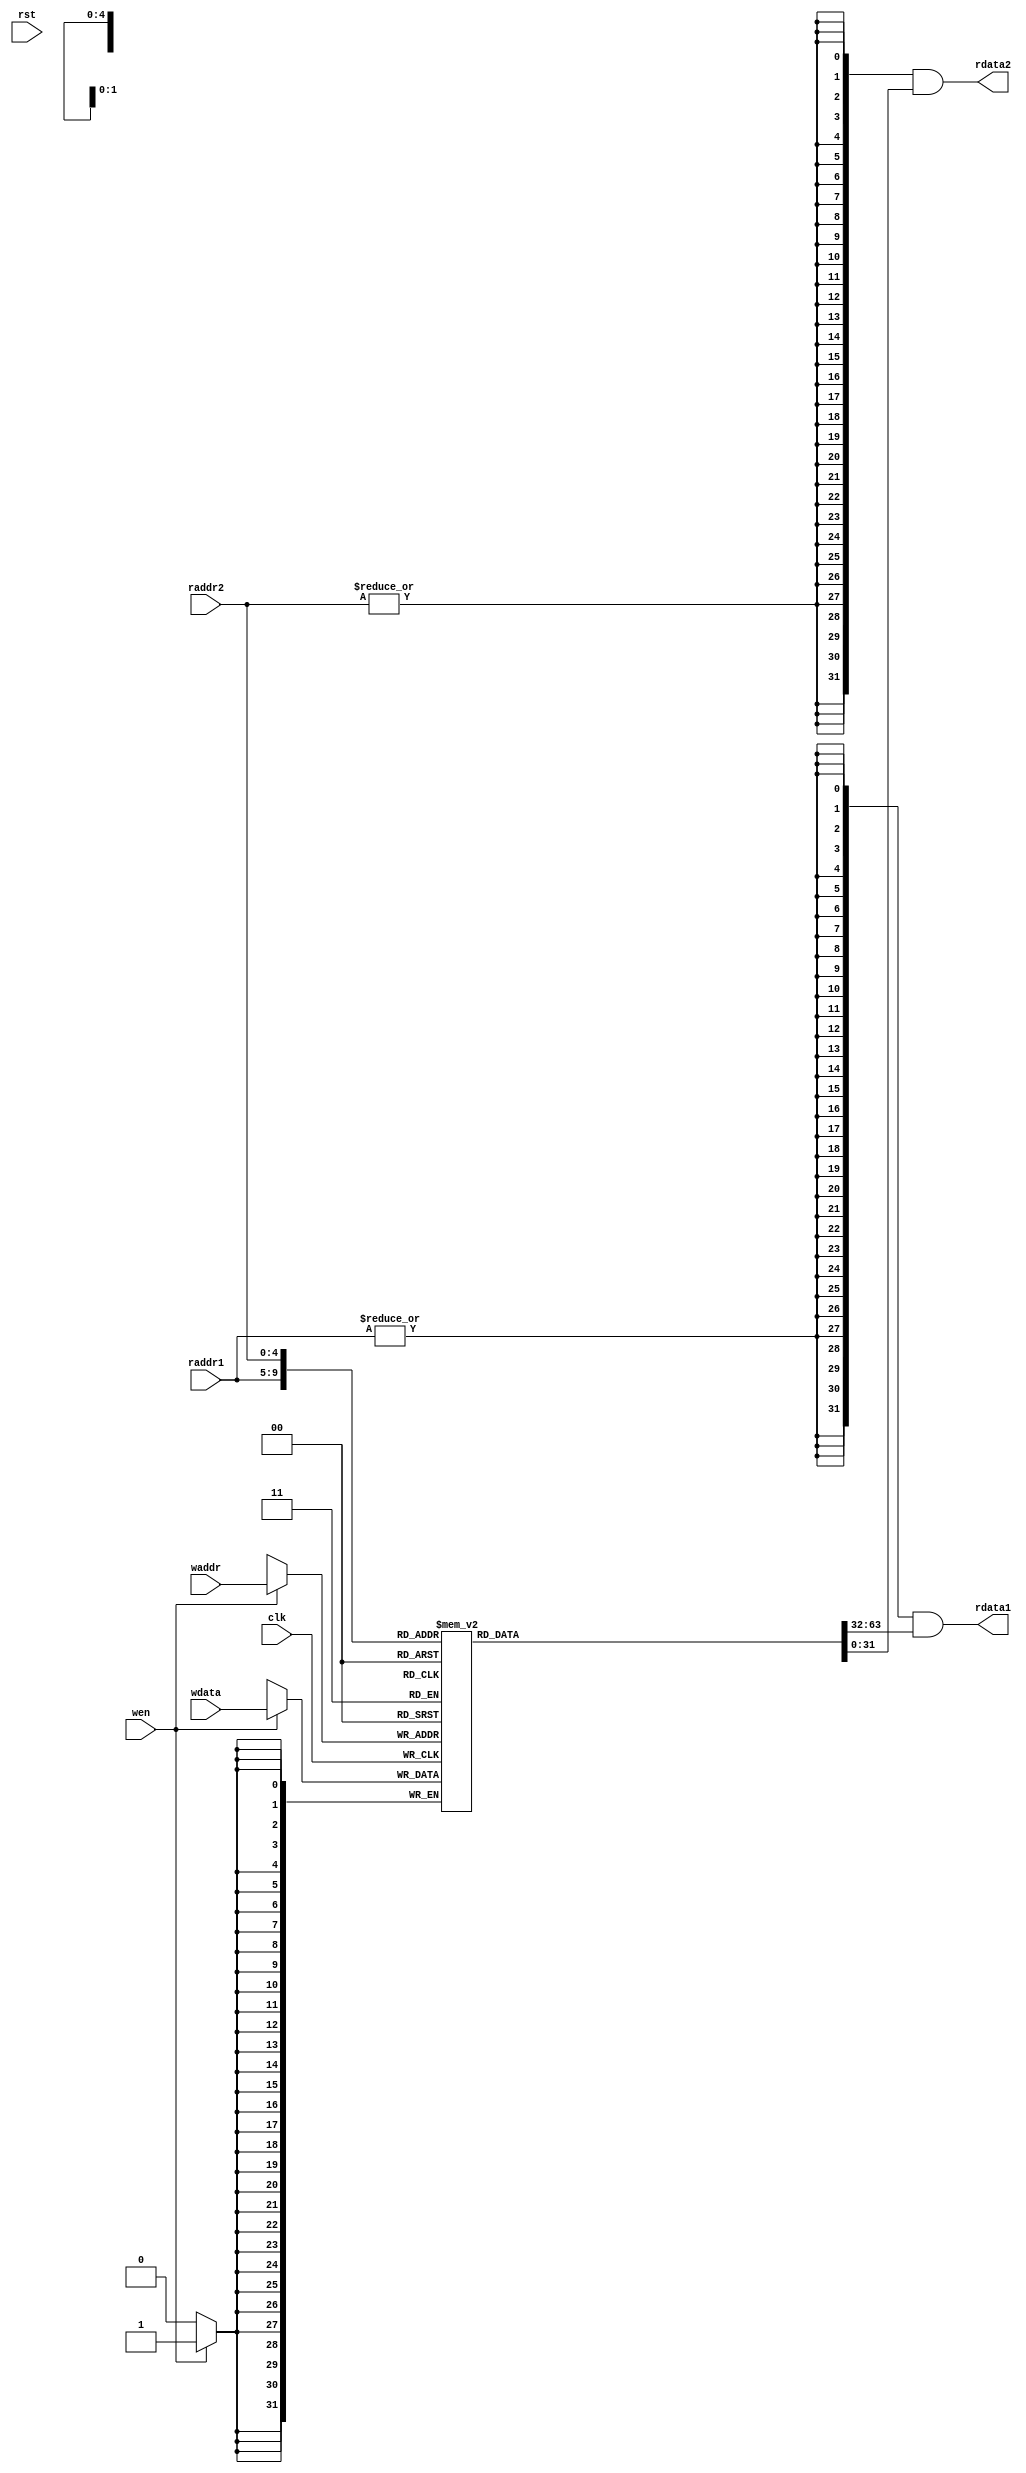

module reg_file(
	input clk,
	input rst,
	input [4:0] waddr,
	input [4:0] raddr1,
	input [4:0] raddr2,
	input wen,
	input [31:0] wdata,
	output [31:0] rdata1,
	output [31:0] rdata2
);
    reg [31:0] mem [0:31];
    always@(posedge clk)
    if(wen)
        mem[waddr]<=wdata;
    
    assign rdata1={32{|raddr1}}&mem[raddr1];
    assign rdata2={32{|raddr2}}&mem[raddr2];

endmodule